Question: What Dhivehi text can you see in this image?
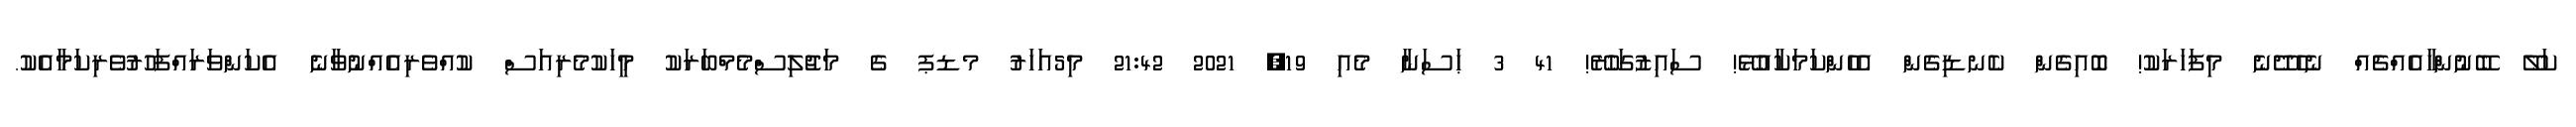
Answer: ކަލޭ ބޭނުންހާއެއްޗެއް ނެހެދޭނެ މިފަހަރަކު! ބޮއިގެން ކެނޑިގެން އެހެންކަމަކާއުޅޭ! ސައިޒުގަހުރޭ! 41 3 ޙަސަނާ މެއި 19, 2021 21:42 މި5އަހަރު މޑޕ ގެ މަޖުލިސްމެމްބަރަކު މީހަކުމެރިއަސް ކުއްވެރިއެއްނުވާނެ އެކަންވަރައްފަހުރުވެރިކަމާއެކު.